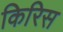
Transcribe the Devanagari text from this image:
किरिस